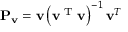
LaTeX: \mathbf { P } _ { \mathbf { v } } = \mathbf { v } \left( \mathbf { v } ^ { \textrm { T } } \mathbf { v } \right) ^ { - 1 } \mathbf { v } ^ { T }